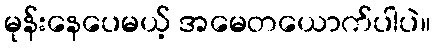
မုန်းနေပေမယ့် အမေတယောက်ပါပဲ။